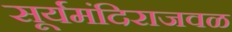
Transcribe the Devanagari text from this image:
सूर्यमंदिराजवळ